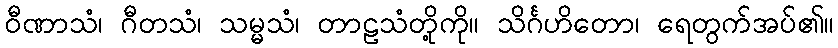
ဝီဏာသံ၊ ဂီတသံ၊ သမ္မသံ၊ တာဠသံတို့ကို။ သိင်္ဂဟိတော၊ ရေတွက်အပ်၏။